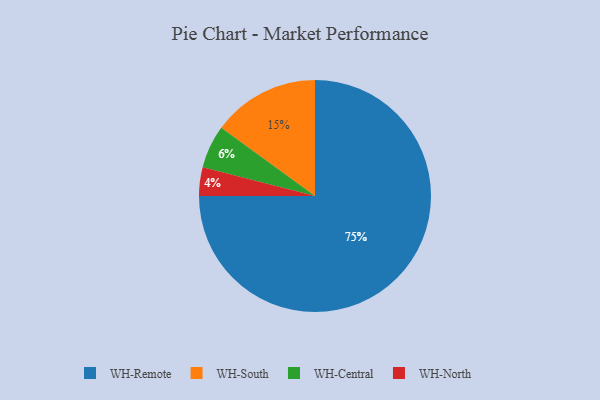
{"axis": {"x": "Category", "y": "Percentage"}, "legend": ["WH-Central", "WH-North", "WH-Remote", "WH-South"], "data": [{"x": "WH-North", "y": 4, "type": "WH-North"}, {"x": "WH-Central", "y": 6, "type": "WH-Central"}, {"x": "WH-Remote", "y": 75, "type": "WH-Remote"}, {"x": "WH-South", "y": 15, "type": "WH-South"}]}